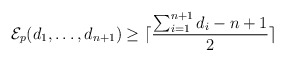
\begin{align*}\mathcal{E}_p(d_1, \ldots, d_{n+1}) \ge \lceil \frac{\sum_{i=1}^{n+1} d_i - n +1}{2} \rceil\end{align*}